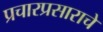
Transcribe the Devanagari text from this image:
प्रचारप्रसाराचे